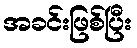
အခင်းဖြစ်ပြီး